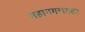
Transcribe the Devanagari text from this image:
महानगरातला